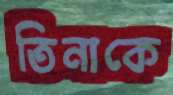
তিনাকে